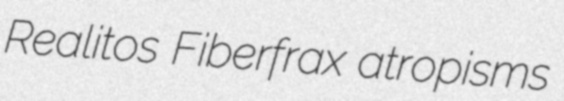
Realitos Fiberfrax atropisms